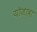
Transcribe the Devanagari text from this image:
योजावा